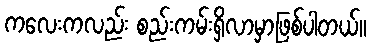
ကလေးကလည်း စည်းကမ်းရှိလာမှာဖြစ်ပါတယ်။